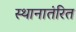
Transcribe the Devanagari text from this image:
स्थानातंरित